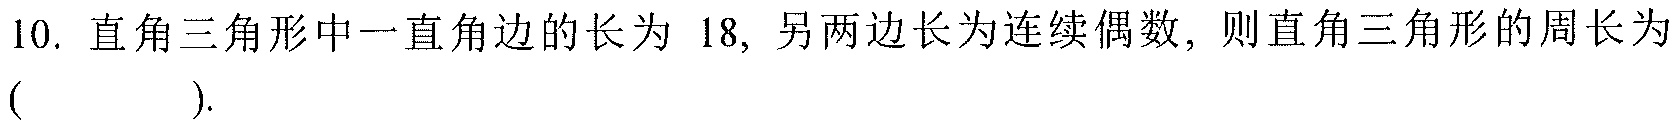
10. 直角三角形中一直角边的长为 \(18\)，另两边长为连续偶数，则直角三角形的周长为（  ）.